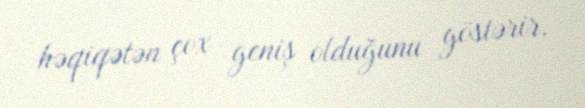
həqiqətən çox geniş olduğunu göstərir.